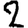
Digit: 2